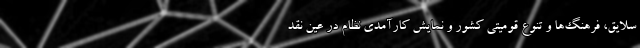
سلایق، فرهنگ‌ها و تنوع قومیتی کشور و نمایش کارآمدی نظام در عین نقد